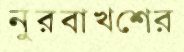
নুরবাখশের